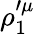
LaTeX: \rho_{1}^{\prime\mu}